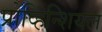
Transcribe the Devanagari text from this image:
प्रोव्हिन्शियल